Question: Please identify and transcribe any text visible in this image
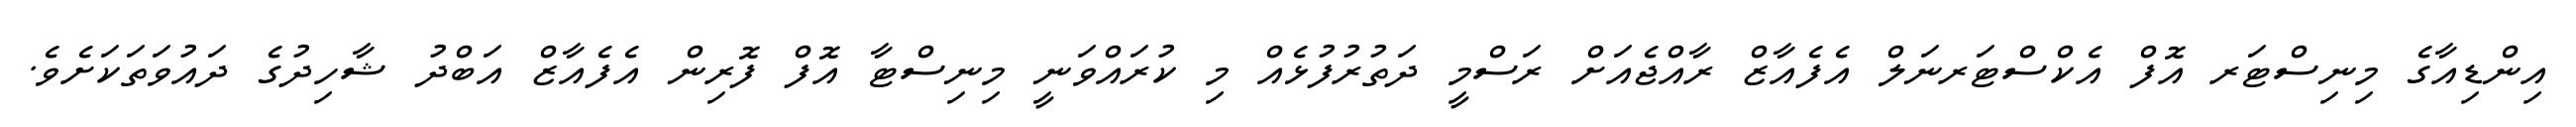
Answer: އިންޑިއާގެ މިނިސްޓަރ އޮފް އެކްސްޓަރނަލް އެފެއާޒް ރާއްޖެއަށް ރަސްމީ ދަތުރުފުޅެއް މި ކުރައްވަނީ މިނިސްޓާ އޮފް ފޮރިން އެފެއާޒް އަބްދު ޝާހިދުގެ ދައުވަތަކަށެވެ.